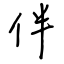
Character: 伴